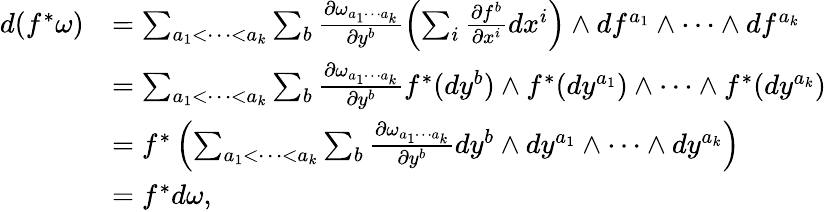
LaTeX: \begin{array}{rl}{d(f^{*}\omega)}&{=\sum_{a_{1}<\cdots<a_{k}}\sum_{b}\frac{\partial\omega_{a_{1}\cdots a_{k}}}{\partial y^{b}}\left(\sum_{i}\frac{\partial f^{b}}{\partial x^{i}}dx^{i}\right)\wedge df^{a_{1}}\wedge\cdots\wedge df^{a_{k}}}\\ &{=\sum_{a_{1}<\cdots<a_{k}}\sum_{b}\frac{\partial\omega_{a_{1}\cdots a_{k}}}{\partial y^{b}}f^{*}(dy^{b})\wedge f^{*}(dy^{a_{1}})\wedge\cdots\wedge f^{*}(dy^{a_{k}})}\\ &{=f^{*}\left(\sum_{a_{1}<\cdots<a_{k}}\sum_{b}\frac{\partial\omega_{a_{1}\cdots a_{k}}}{\partial y^{b}}dy^{b}\wedge dy^{a_{1}}\wedge\cdots\wedge dy^{a_{k}}\right)}\\ &{=f^{*}d\omega,}\end{array}